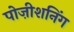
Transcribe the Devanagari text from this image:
पोज़ीशनिंग